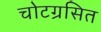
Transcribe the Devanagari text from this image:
चोटग्रसित